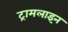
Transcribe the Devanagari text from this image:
ट्रामलाइन